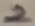
Text: 2